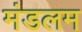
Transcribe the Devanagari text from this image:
मंडलम